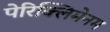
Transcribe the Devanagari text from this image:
पेरिक्लिमेनम